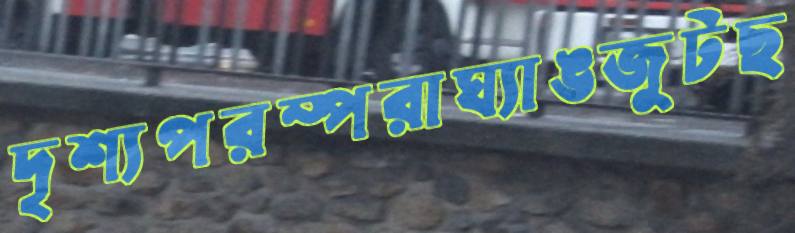
দৃশ্যপরম্পরাঘ্যাঙজুটছ